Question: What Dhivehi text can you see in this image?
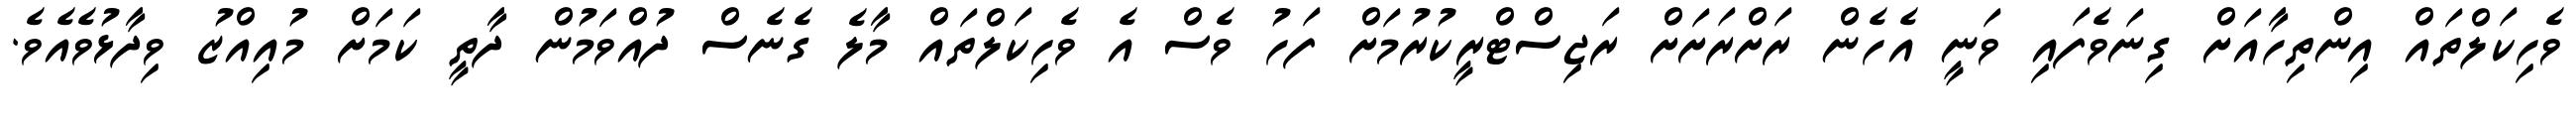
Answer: ވެހިކަލްތައް އިންތިހާއަށް ގިނަވެފައި ވަނީ އެހެން ރަށްރަށަށް ރަޖިސްޓްރީކުރުމަށް ފަހު ވެސް އެ ވެހިކަލްތައް މާލެ ގެނެސް ދުއްވަމުން ދާތީ ކަމަށް މުއިއްޒު ވިދާޅުވެއެވެ.